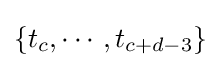
\{t_{c},\cdots ,t_{c+d-3}\}